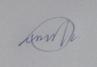
Signature authenticity: forged